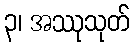
၃၊ အဿုသုတ်